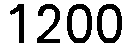
1200